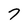
Character: 7